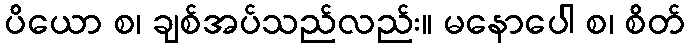
ပိယော စ၊ ချစ်အပ်သည်လည်း။ မနောပေါ စ၊ စိတ်